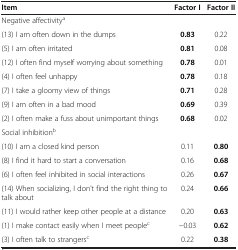
<table><thead><tr><td><b>Item</b></td><td><b>Factor I</b></td><td><b>Factor II</b></td></tr></thead><tbody><tr><td>Negative affectivity<sup>a</sup></td><td> </td><td> </td></tr><tr><td>(13) I am often down in the dumps</td><td><b>0.83</b></td><td>0.22</td></tr><tr><td>(5) I am often irritated</td><td><b>0.81</b></td><td>0.08</td></tr><tr><td>(12) I often find myself worrying about something</td><td><b>0.78</b></td><td>0.01</td></tr><tr><td>(4) I often feel unhappy</td><td><b>0.78</b></td><td>0.18</td></tr><tr><td>(7) I take a gloomy view of things</td><td><b>0.71</b></td><td>0.28</td></tr><tr><td>(9) I am often in a bad mood</td><td><b>0.69</b></td><td>0.39</td></tr><tr><td>(2) I often make a fuss about unimportant things</td><td><b>0.68</b></td><td>0.02</td></tr><tr><td>Social inhibition<sup>b</sup></td><td> </td><td> </td></tr><tr><td>(10) I am a closed kind person</td><td>0.11</td><td><b>0.80</b></td></tr><tr><td>(8) I find it hard to start a conversation</td><td>0.16</td><td><b>0.68</b></td></tr><tr><td>(6) I often feel inhibited in social interactions</td><td>0.26</td><td><b>0.67</b></td></tr><tr><td>(14) When socializing, I don&#x27;t find the right thing to talk about</td><td>0.24</td><td><b>0.66</b></td></tr><tr><td>(11) I would rather keep other people at a distance</td><td>0.20</td><td><b>0.63</b></td></tr><tr><td>(1) I make contact easily when I meet people<sup>c</sup></td><td>-0.03</td><td><b>0.62</b></td></tr><tr><td>(3) I often talk to strangers<sup>c</sup></td><td>0.22</td><td><b>0.38</b></td></tr></tbody></table>